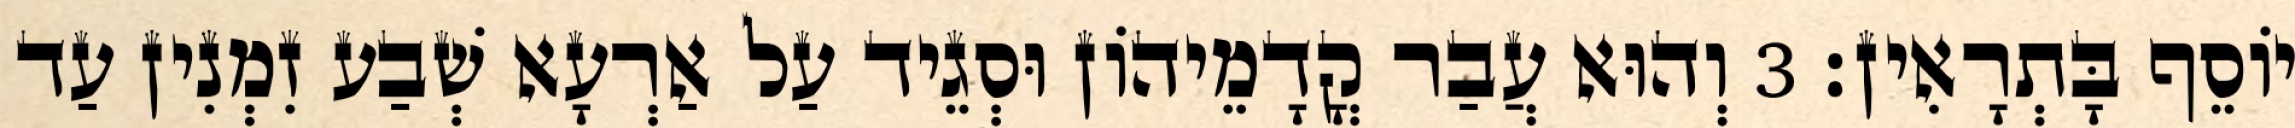
יוֹסֵף בָּתְרָאִין׃ 3 וְהוּא עֲבַר קֳדָמֵיהוֹן וּסְגֵיד עַל אַרְעָא שְׁבַע זִמְנִין עַד